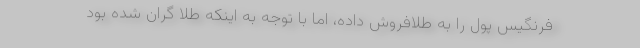
فرنگیس پول را به طلافروش داده، اما با توجه به اینکه طلا گران شده بود